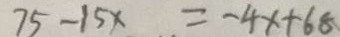
7 5 - 1 5 x = - 4 x + 6 8